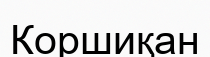
Коршиқан